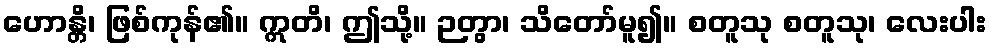
ဟောန္တိ၊ ဖြစ်ကုန်၏။ ဣတိ၊ ဤသို့။ ဉတွာ၊ သိတော်မူ၍။ စတူသု စတူသု၊ လေးပါး